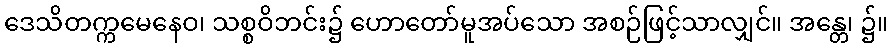
ဒေသိတက္ကမေနေဝ၊ သစ္စဝိဘင်း၌ ဟောတော်မူအပ်သော အစဉ်ဖြင့်သာလျှင်။ အန္တေ၊ ၌။